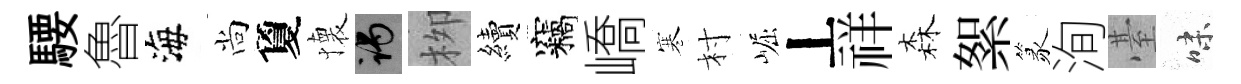
騕魯海尚夐懐谒栁續竊嶠寒村崛丄祥森絮篆洵䑓味